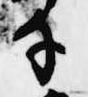
手